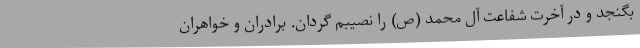
بگنجد و در آخرت شفاعت آل محمد (ص) را نصیبم گردان. برادران و خواهران